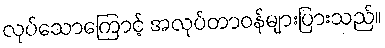
လုပ်သောကြောင့် အလုပ်တာဝန်များပြားသည်။